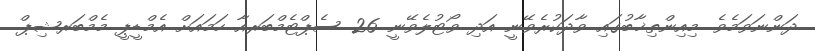
ދަންނަވަމެވެ. މިއިންތިޚާބުގައި ވާދަކުރެވޭނީ އަދި ވޯޓުލެވޭނީ 26 ސެޕްޓެމްބަރއާ ހަމައަށް އެމްޑީޕީ މެމްބަރޝިޕް